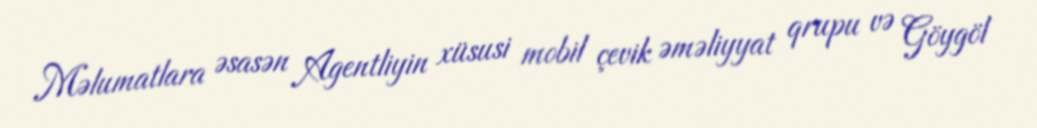
Məlumatlara əsasən Agentliyin xüsusi mobil çevik əməliyyat qrupu və Göygöl